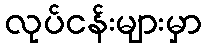
လုပ်ငန်းများမှာ